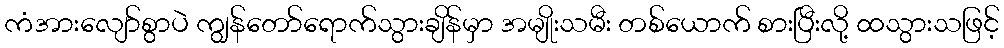
ကံအားလျော်စွာပဲ ကျွန်တော်ရောက်သွားချိန်မှာ အမျိုးသမီး တစ်ယောက် စားပြီးလို့ ထသွားသဖြင့်